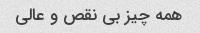
همه چیز بی نقص و عالی